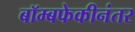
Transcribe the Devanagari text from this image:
बॉम्बफेकीनंतर